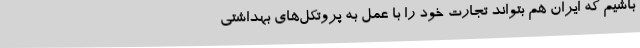
باشیم که ایران هم بتواند تجارت خود را با عمل به پروتکل‌های بهداشتی